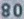
800